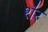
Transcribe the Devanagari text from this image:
श॑र